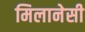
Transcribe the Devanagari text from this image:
मिलानेसी